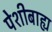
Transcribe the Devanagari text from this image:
पेशीबाह्य